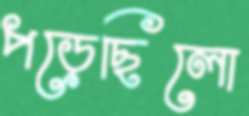
পড়েছিলো